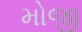
મોજી